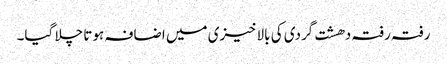
رفتہ رفتہ دھشت گردی کی بالاخیزی میں اضافہ ہوتا چلا گیا۔